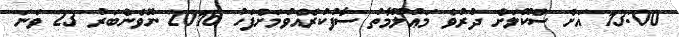
13:00 އަށް ސްކޫލަށް ދުރުވެ މަޢުލޫމާތު ސާފުކުރެއްވުމަށްފަހު 2016 ނޮވެންބަރު 23 ވަނަ